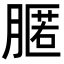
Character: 𦟻